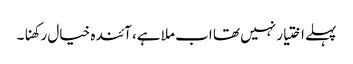
پہلے اختیار نہیں تھا اب ملا ہے، آئندہ خیال رکھنا۔